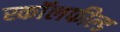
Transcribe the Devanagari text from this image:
स्कॉलफील्ड